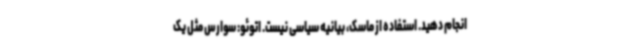
انجام دهید. استفاده از ماسک، بیانیه سیاسی نیست. اتوئو: سوارس مثل یک